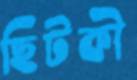
ছিটকী